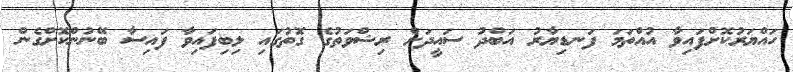
ހައްޔަރުކޮށްފައިވާ އުއްތަމަ ފަނޑިޔާރު އަބްދު ސައީދަށް ރިޝްވަތުގެ ގޮތުގައި ލިބިފައިވާ ފައިސާ ބޭނުންކޮށްގެން